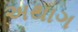
અથાગ